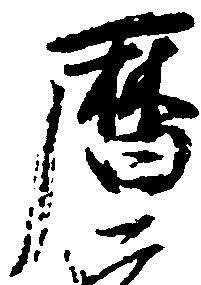
暦